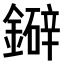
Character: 𫓅